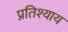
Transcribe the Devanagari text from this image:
प्रतिश्‍याय